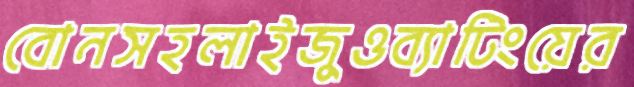
বোনসহলাইজুওব্যাটিংয়ের